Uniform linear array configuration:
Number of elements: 12
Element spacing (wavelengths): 0.25
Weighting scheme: cosine
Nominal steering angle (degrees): -60
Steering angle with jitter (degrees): -60.192
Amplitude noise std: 0.05
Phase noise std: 0.05

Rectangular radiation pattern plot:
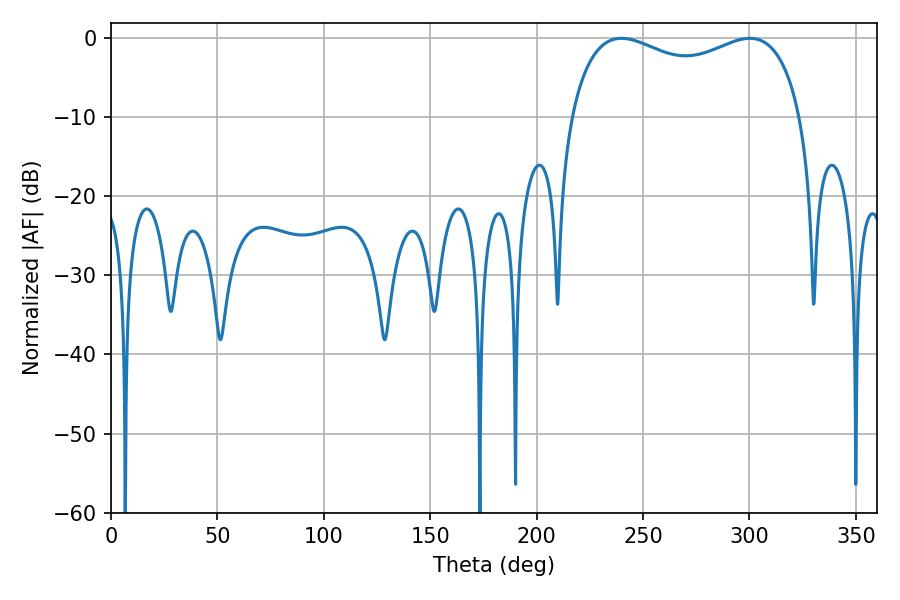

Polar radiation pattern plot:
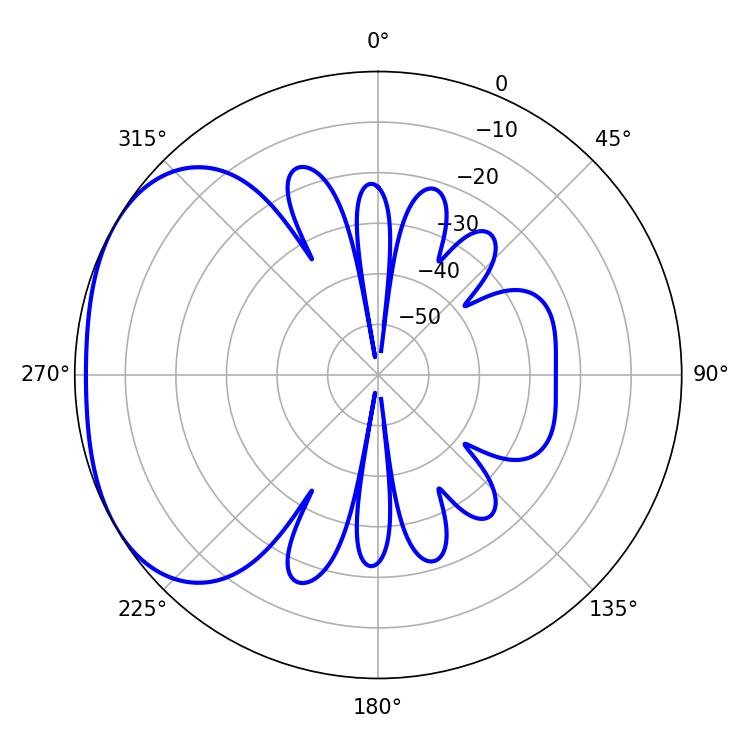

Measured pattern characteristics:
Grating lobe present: FALSE
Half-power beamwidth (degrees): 90
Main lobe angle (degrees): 239.76